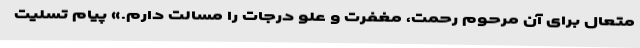
متعال برای آن مرحوم رحمت، مغفرت و علو درجات را مسالت دارم.» پیام تسلیت